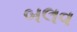
બલવ